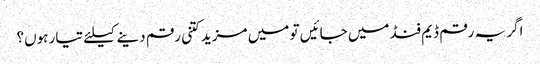
اگر یہ رقم ڈیم فنڈ میں جائیں تو میں مزید کتنی رقم دینے کیلئے تیار ہوں؟